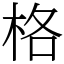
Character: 格